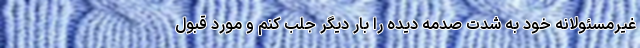
غیرمسئولانه خود به شدت صدمه دیده را بار دیگر جلب کنم و مورد قبول